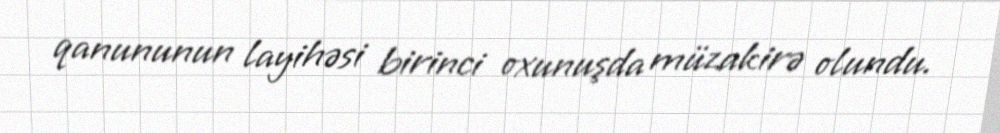
qanununun layihəsi birinci oxunuşda müzakirə olundu.